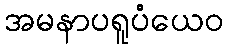
အမနာပရူပံယေဝ